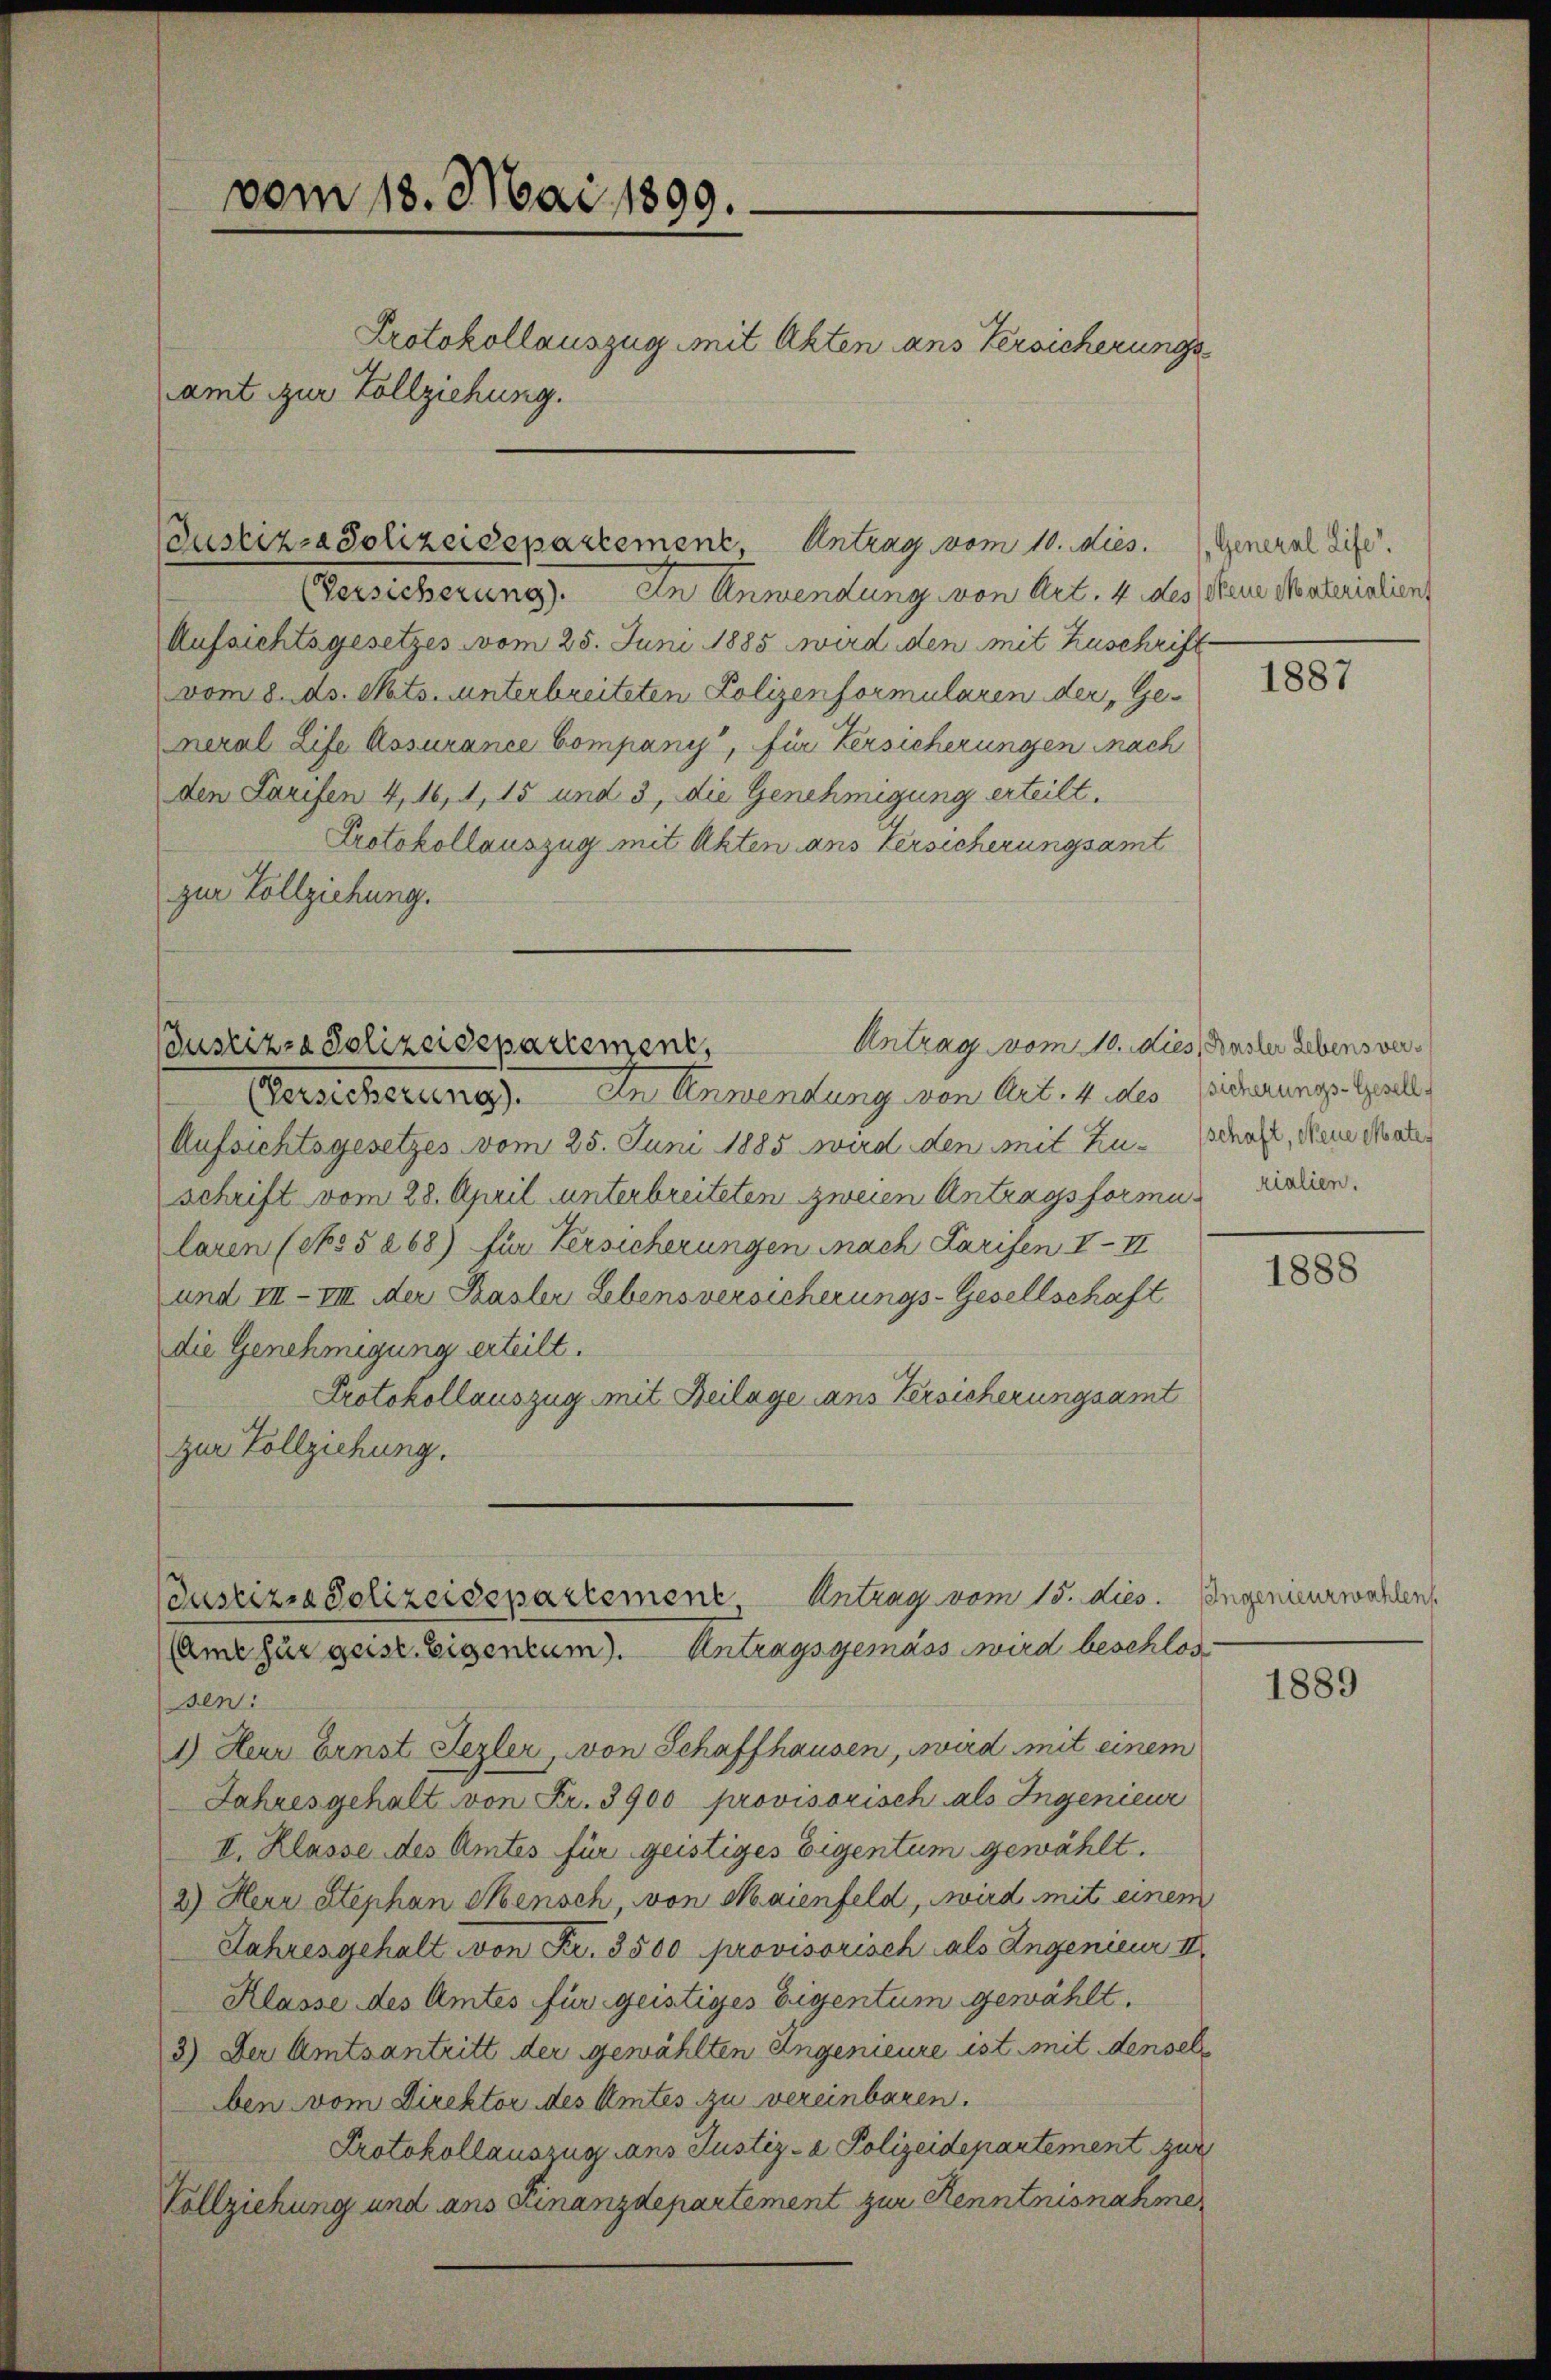
vom 18. Mai 1899.
Protokollauszug mit Akten ans Versicherungs
amt zur Vollziehung.

Justiz-Polizeidepartement, Antrag vom 10. dies

VVersicherung). In Anwendung von Art. 4 des Neue Materialien
Aufsichtsgesetzes vom 25. Juni 1885 wird den mit Zuschrift
vom 8. As. Mts. unterbreiteten Polizenformularen der „Ge-
neral Life Assurance Company, für Versicherungen nach
den Tarifen 4, 16, 1, 15 und 3, die Genehmigung erteilt.
Protokollauszug mit Akten ans Versicherungsamt
zur Vollziehung.

Antrag vom 10. dies, Ander Lebensver¬
Justizza Polizeidepartement,

(Versicherung). In Anwendung von Art. 4 des Sicherungs-Gesell
Aufsichtsgesetzes vom 25. Juni 1885 wird den mit Zuschaft, dene Mater
Schrift vom 28. April unterbreiteten zweien Antragsformunalien.
laren (§§ 268) für Versicherungen nach Tarifen III
und III–VIII der Kasler Lebensversicherungs-Gesellschaft
die Genehmigung erteilt.
Protokollauszug mit Beilage dans Versicherungsamt
zur Vollziehung.

Justizia Polizeidepartemene Antrag vom 15. dies
Aame für geist Eigentum). Antragsgemäss wird beschlos

sen:
1.) Herr Ernst Sezler, von Schaffhausen, wird mit einem
Jahresgehalt von Fr. 3900 provisorisch als Ingenieur
II. Klasse des Amtes für geistiges Eigentum gewählt.
2) Herr Stephan Mensch, von Maienfeld, wird mit einem
Jahresgehalt von Fr. 3500 provisorisch als Angenieur I
Klasse des Amtes für geistiges Eigentum gewählt.
3) Der Amtsantritt der gewählten Angenieure ist mit denselben vom Direktor des Amtes zu vereinbaren.
Protokollauszug dans Justiz- & Polizeidepartement zur
Vollziehung und ans Finanzdepartement zur Kenntnisnahme

(General Life.

1887

1888

Ingenieurwahlen

1889